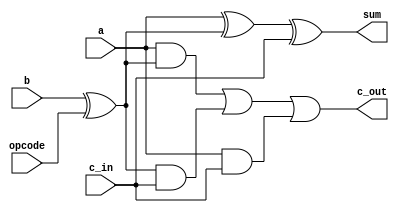
module one_bit_adder(a, b, c_in, opcode, sum, c_out);

    input a, b, c_in, opcode;
    output wire sum, c_out;

    wire b_t;

    assign b_t = b ^ opcode;        // Flip bit for subtraction
    assign sum = a ^ b_t ^ c_in;
    assign c_out = (a & b_t) || (b_t & c_in) || (a & c_in);

endmodule